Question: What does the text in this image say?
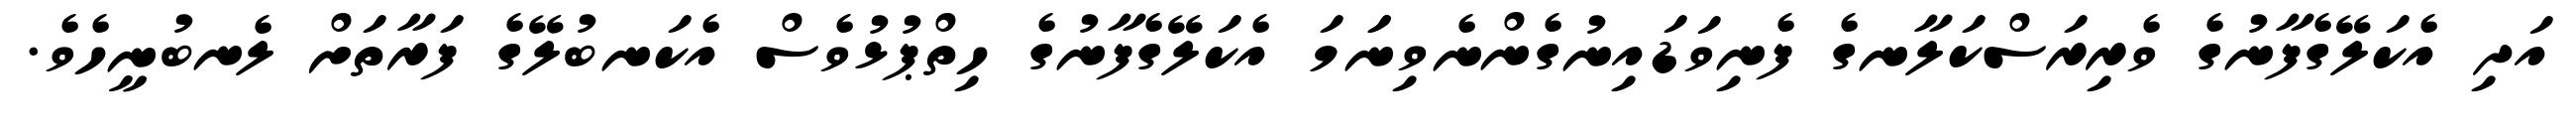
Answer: އަދި އެކަލޭގެފާނުގެ ވެރިރަސްކަލާނގެ ފެނިވަޑައިނުގެންނެވިނަަމަ އެކަލޭގެފާނުގެ ހިތްޕުޅުވެސް އެކަނބުލޭގެ ފަރާތަށް ލެނބުނީހެވެ.